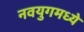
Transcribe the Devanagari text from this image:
नवयुगमध्ये